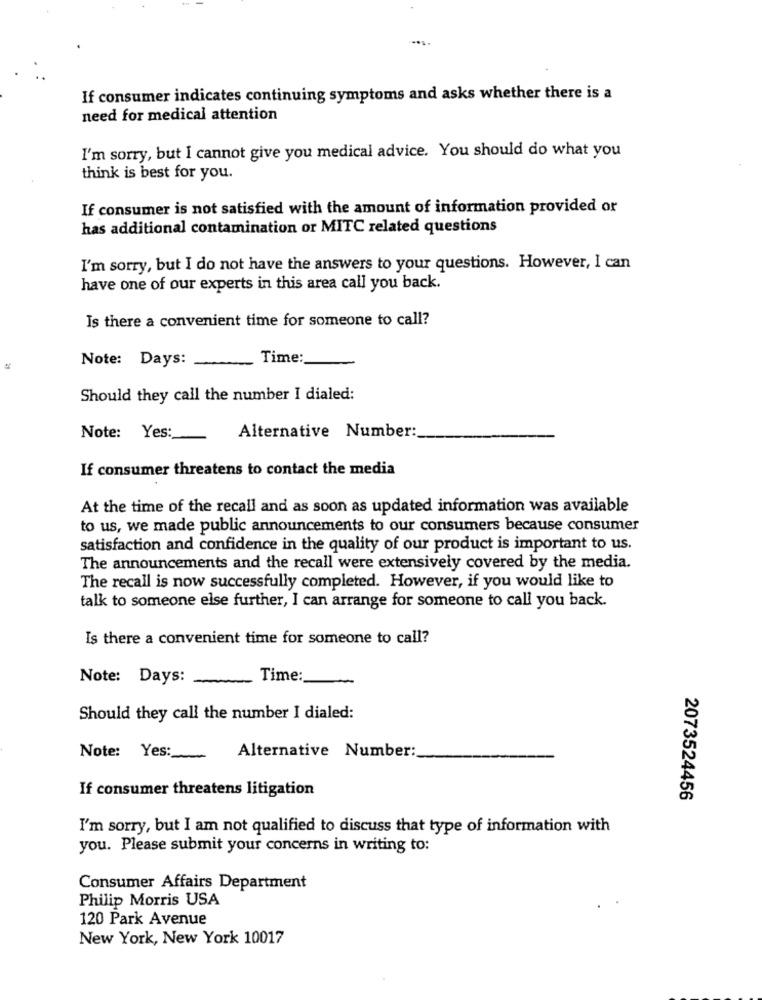
If consumer indicates continuing symptoms and asks whether there is a
need for medical attention
I'm sorry, but I cannot give you medical advice. You should do what you
think is best for you.
If consumer is not satisfied with the amount of information provided or
has additional contamination or MITC related questions
I'm sorry, but I do not have the answers to your questions. However, I can
have one of our experts in this area call you back.
Is there a convenient time for someone to call?
Note: Days:
Time:
Should they call the number I dialed:
Note: Yes :_
Alternative Number:
If consumer threatens to contact the media
At the time of the recall and as soon as updated information was available
to us, we made public announcements to our consumers because consumer
satisfaction and confidence in the quality of our product is important to us.
The announcements and the recall were extensively covered by the media.
The recall is now successfully completed. However, if you would like to
talk to someone else further, I can arrange for someone to call you back.
Is there a convenient time for someone to call?
Note: Days:
Time:
Should they call the number I dialed:
Note: Yes:
Alternative Number:
If consumer threatens litigation
2073524456
I'm sorry, but I am not qualified to discuss that type of information with
you. Please submit your concerns in writing to:
Consumer Affairs Department
Philip Morris USA
120 Park Avenue
New York, New York 10017